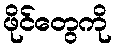
ဖိုင်တွေကို